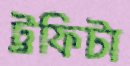
ট্রফিটা